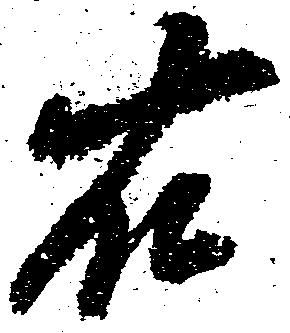
右